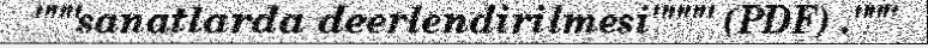
"""sanatlarda deerlendirilmesi"""" (PDF) ."""